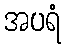
အပရံ